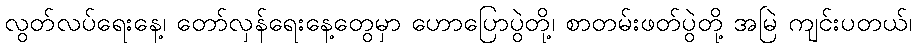
လွတ်လပ်ရေးနေ့၊ တော်လှန်ရေးနေ့တွေမှာ ဟောပြောပွဲတို့၊ စာတမ်းဖတ်ပွဲတို့ အမြဲ ကျင်းပတယ်၊